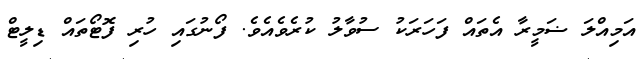
އަމިއްލަ ޟަމީރާ އެތައް ފަހަރަކު ސުވާލު ކުރެވެއެވެ. ފޯނުގައި ހުރި ފޮޓޯތައް ޑިލީޓް